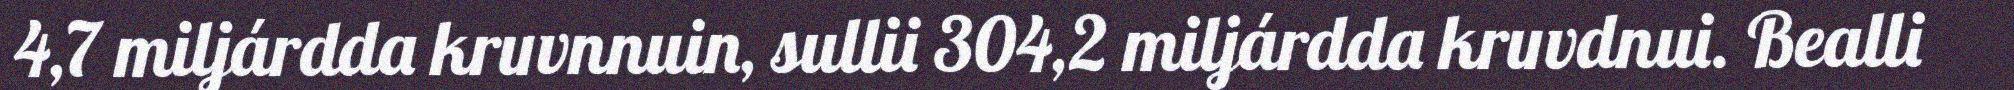
4,7 miljárdda kruvnnuin, sullii 304,2 miljárdda kruvdnui. Bealli